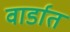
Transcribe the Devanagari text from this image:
वार्डात